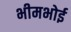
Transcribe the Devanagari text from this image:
भीमभोई